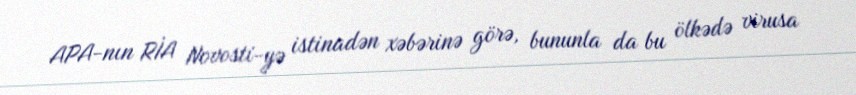
APA-nın RİA Novosti-yə istinadən xəbərinə görə, bununla da bu ölkədə virusa